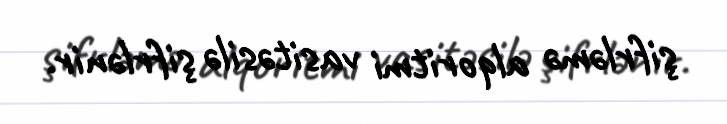
şifrləmə alqoritmi vasitəsilə şifrlənir.